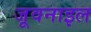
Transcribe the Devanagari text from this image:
जूवनाइल